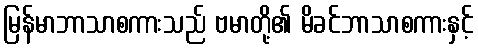
မြန်မာဘာသာစကားသည် ဗမာတို့၏ မိခင်ဘာသာစကားနှင့်